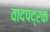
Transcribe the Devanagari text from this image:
वादपद्रक